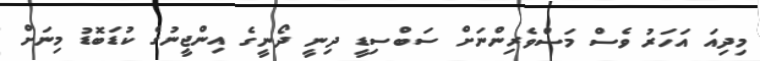
މިދިއަ އަހަރު ވެސް މަސްވެރިންނަށް ސަބްސިޑީ ދިނީ ދޯނީގެ އިންޖީނުގެ ކުޑަބޮޑު މިނަށް